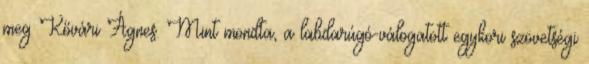
meg Kővári Ágnes. Mint mondta, a labdarúgó-válogatott egykori szövetségi